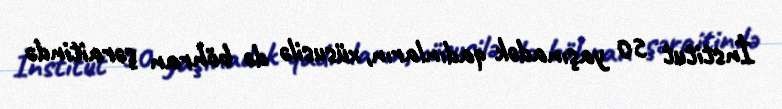
İnstitut 50 yaşınadək qadınların, xüsusilə də böhran şəraitində